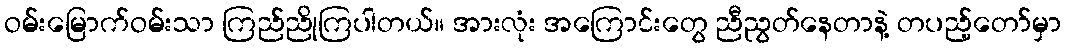
ဝမ်းမြောက်ဝမ်းသာ ကြည်ညိုကြပါတယ်။ အားလုံး အကြောင်းတွေ ညီညွတ်နေတာနဲ့ တပည့်တော်မှာ